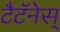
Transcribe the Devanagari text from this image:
टैटॅनेस्